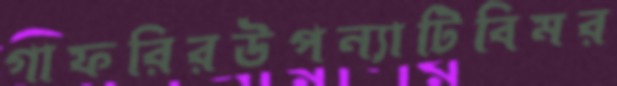
গাফরিরউপন্যাটিবিমর